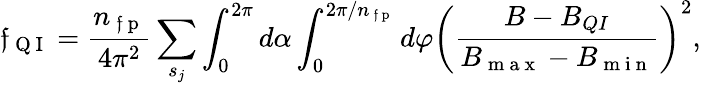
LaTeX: \mathfrak{f}_{\mathrm{{~Q~I~}}}=\frac{{n_{\mathrm{{~\mathfrak{f}~p~}}}}}{{4\pi^{2}}}\sum_{s_{j}}\int_{0}^{2\pi}d\alpha\int_{0}^{2\pi/n_{\mathrm{{~\mathfrak{f}~p~}}}}d\varphi\left(\frac{{B-B_{QI}}}{{B_{\mathrm{{~m~a~x~}}}-B_{\mathrm{{~m~i~n~}}}}}\right)^{2},